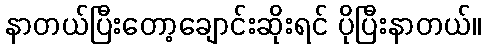
နာတယ်ပြီးတော့ချောင်းဆိုးရင် ပိုပြီးနာတယ်။